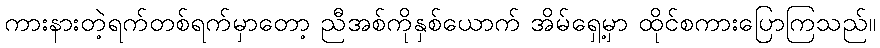
ကားနားတဲ့ရက်တစ်ရက်မှာတော့ ညီအစ်ကိုနှစ်ယောက် အိမ်ရှေ့မှာ ထိုင်စကားပြောကြသည်။